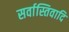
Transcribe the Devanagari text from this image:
सर्वास्तिवादि